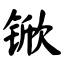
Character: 锨